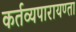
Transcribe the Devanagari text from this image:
कर्तव्यपारायण्ता